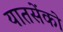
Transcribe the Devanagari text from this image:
यातसेंको